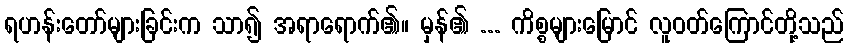
ရဟန်းတော်များခြင်းက သာ၍ အရာရောက်၏။ မှန်၏ ... ကိစ္စများမြောင် လူဝတ်ကြောင်တို့သည်